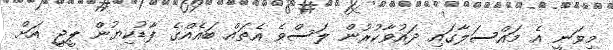
މިވަނީ އެ މައްސަލާގައި ދައުވާކުރުން ލަސްވެ އެތައް ބައެެއްގެ ފާޑުކިޔުން ޕީޖީ އަށް